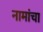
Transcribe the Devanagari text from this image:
नामांचा